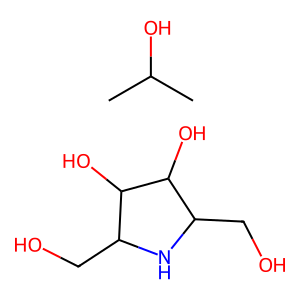
SMILES: CC(C)O.OCC1NC(CO)C(O)C1O
Inhibits HIV replication: No